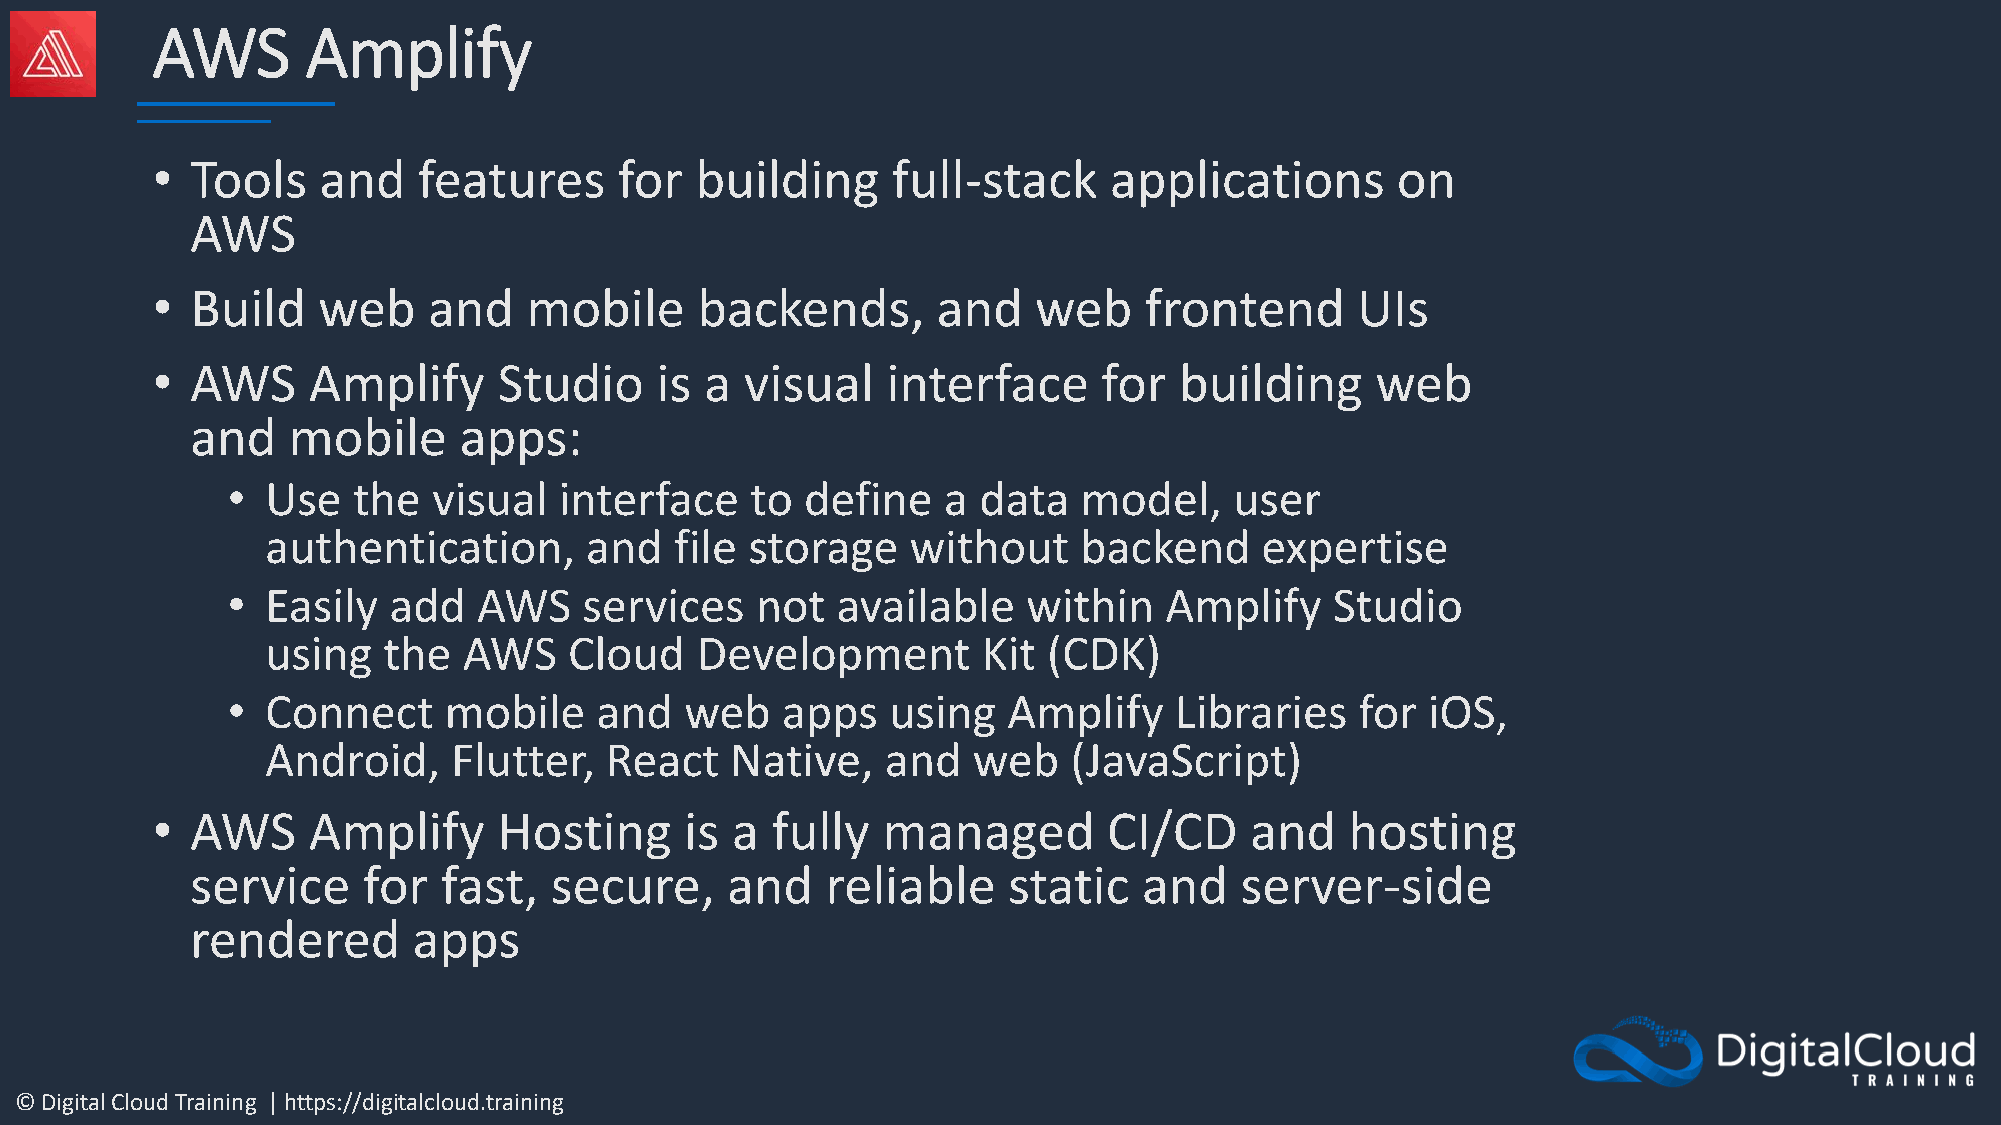
AWS       Amplify
 •  Tools   and    features     for  building     full-stack    applications       on
 AWS
 •  Build   web    and    mobile     backends,       and   web     frontend      UIs
 •  AWS    Amplify      Studio    is  a visual    interface     for  building     web
 and   mobile     apps:
 •  Use  the   visual  interface    to define   a  data  model,     user
 authentication,      and   file storage   without    backend     expertise
 •  Easily  add   AWS    services   not  available    within   Amplify    Studio
 using  the   AWS    Cloud   Development        Kit (CDK)
 •  Connect    mobile    and   web    apps   using   Amplify    Libraries   for iOS,
 Android,    Flutter,  React   Native,    and  web    (JavaScript)
 •  AWS    Amplify      Hosting     is a  fully  managed        CI/CD     and   hosting
 service    for  fast,  secure,     and    reliable    static   and   server-side
 rendered      apps
 © Digital Cloud Training | https://digitalcloud.training